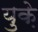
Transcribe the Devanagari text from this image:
युक़े